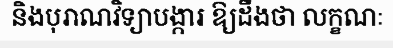
និងបុរាណវិទ្យាបង្ការ ឱ្យដឹងថា លក្ខណៈ